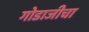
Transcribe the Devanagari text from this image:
गोडाजीचा